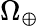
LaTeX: \Omega_{\oplus}